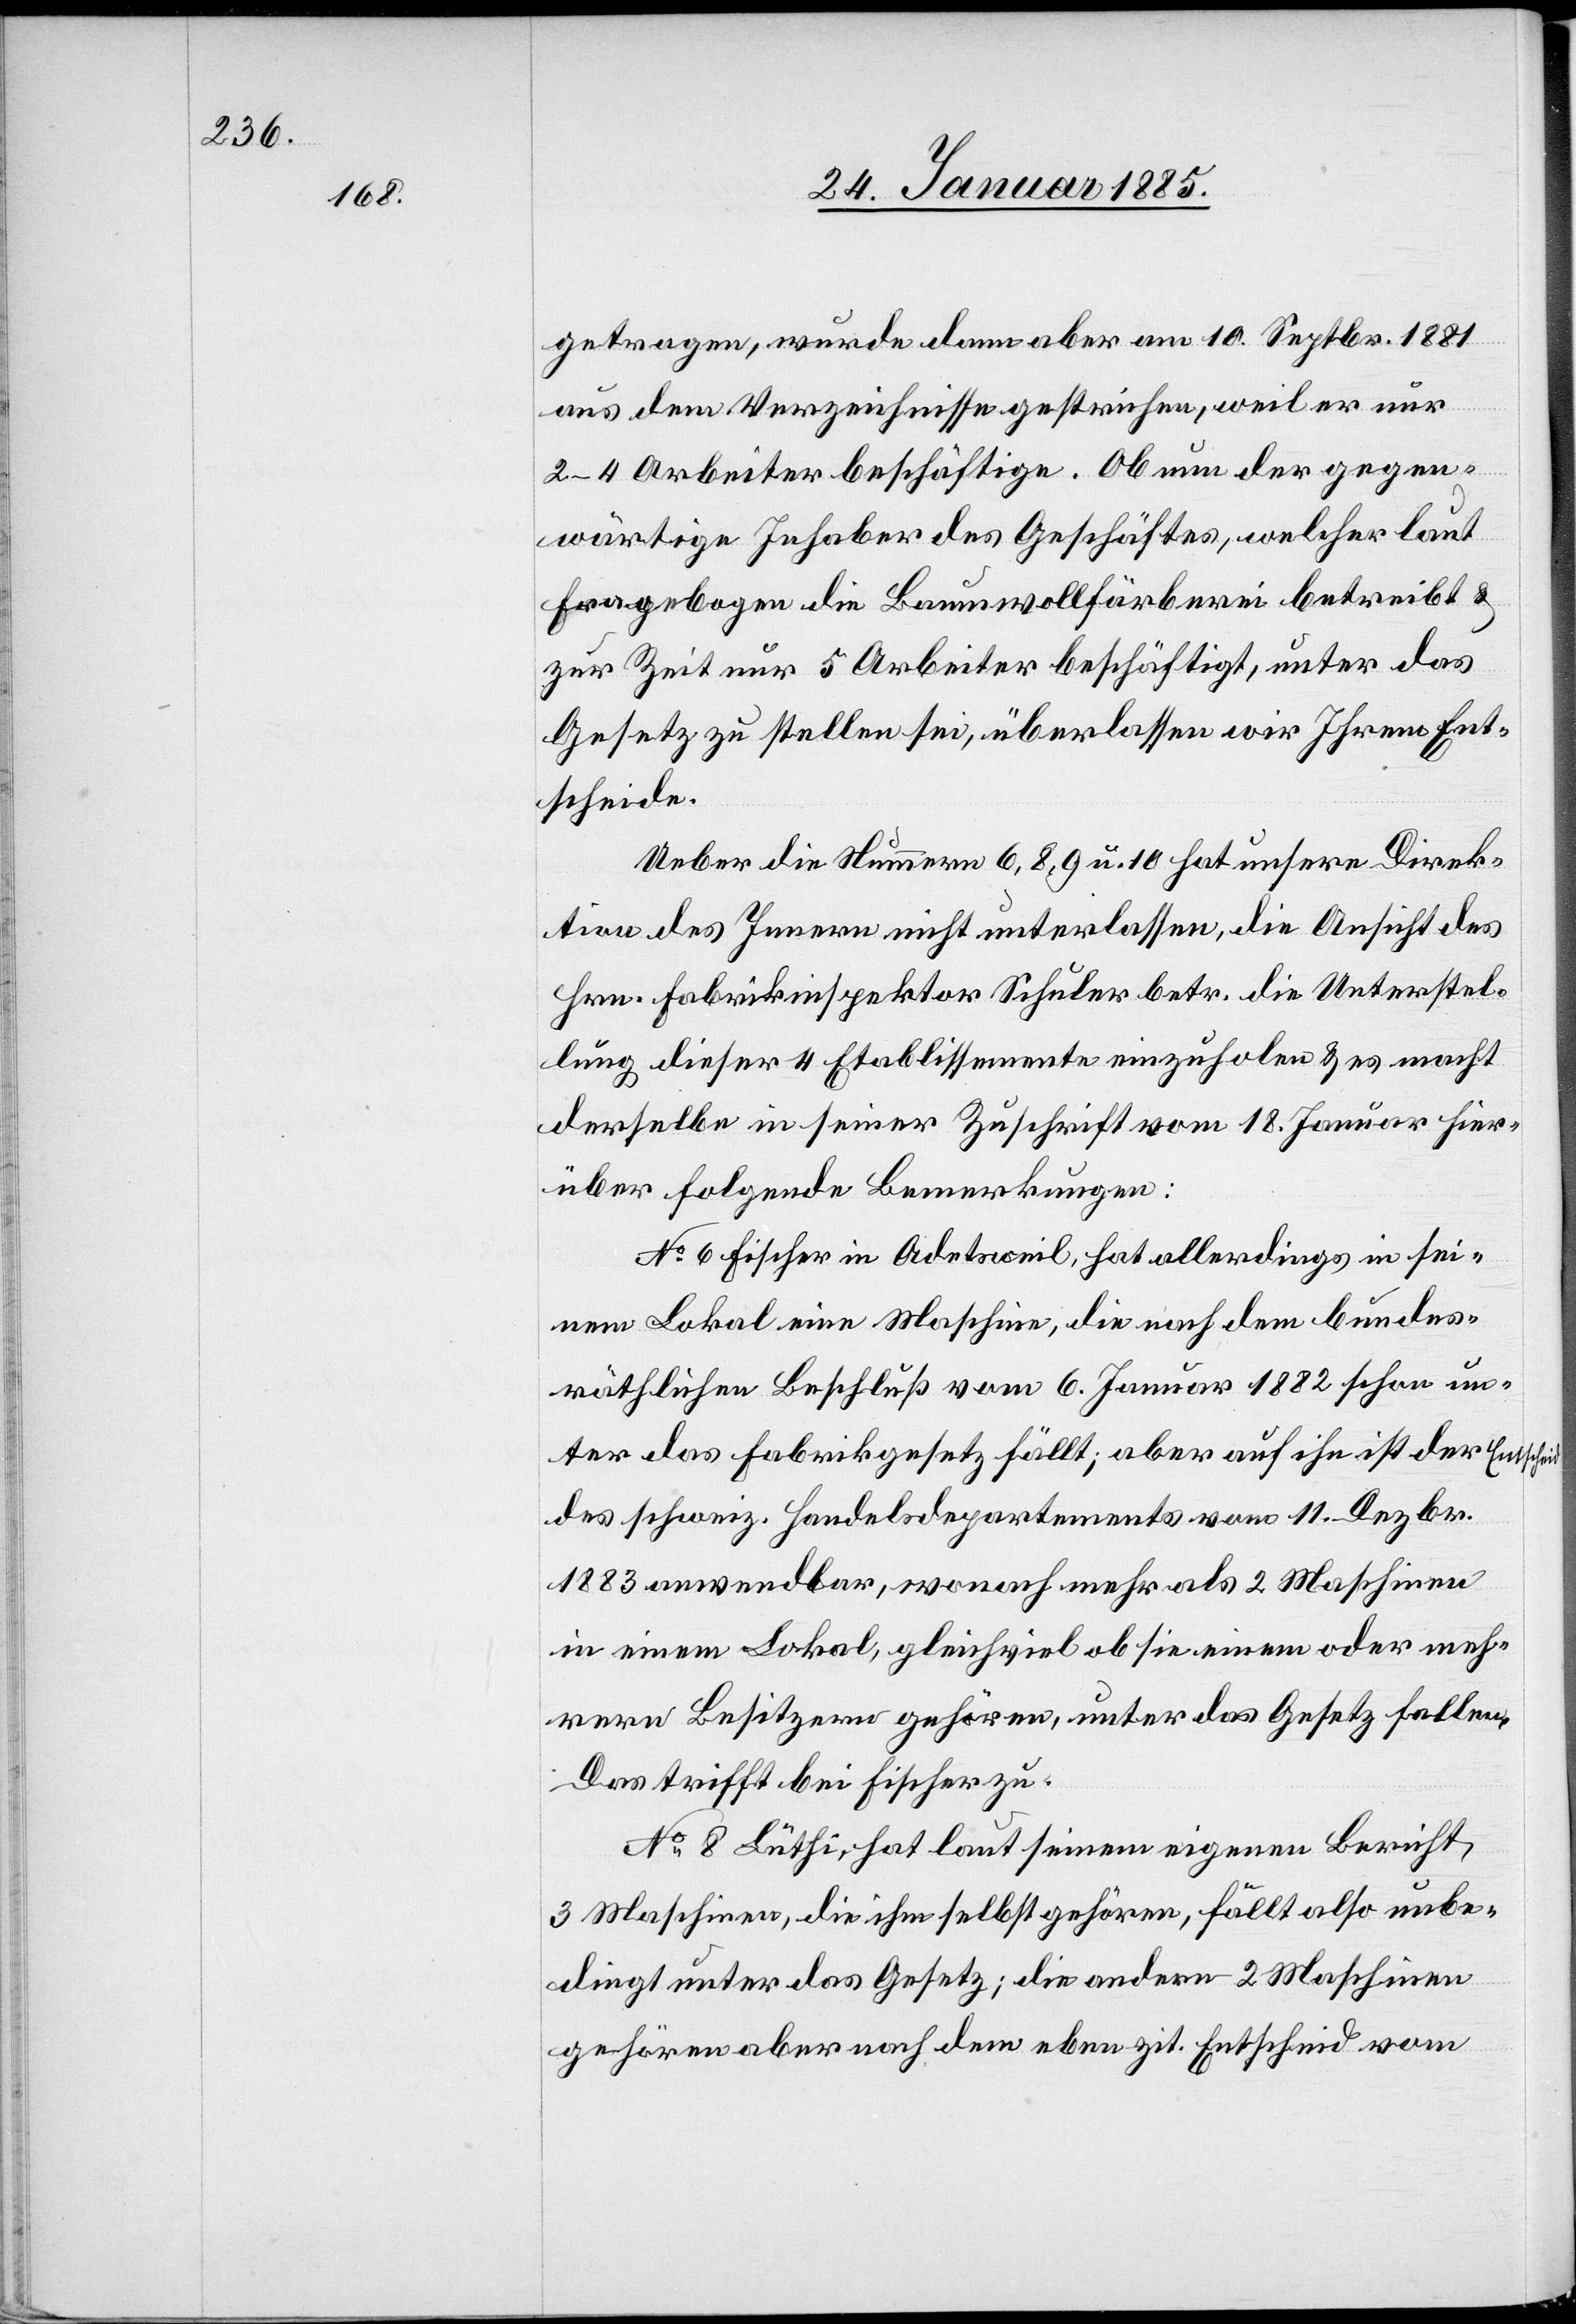
getragen, wurde dann aber am 10. Septbr. 1881
aus dem Verzeichnisse gestrichen, weil er nur
2–4 Arbeiter beschäftige. Ob nun der gegen¬
wärtige Inhaber des Geschäftes, welcher laut
Fragebogen die Baumwollfärberei betreibt &
zur Zeit nur 5 Arbeiter beschäftigt, unter das
Gesetz zu stellen sei, überlassen wir Ihrem Ent¬
scheide.
Ueber die Nummern 6, 8, 9 u. 10 hat unsere Direk¬
tion des Innern nicht unterlassen, die Ansicht des
Hrn. Fabrikinspektor Schuler betr. die Unterstel¬
lung dieser 4 Etablissemente einzuholen & es macht
derselbe in seiner Zuschrift vom 18. Januar hier¬
über folgende Bemerkungen:
No 6 Fischer in Adetsweil, hat allerdings in sei¬
nem Lokal eine Maschine, die nach dem bundes¬
räthlichen Beschluß vom 6. Januar 1882 schon un¬
ter das Fabrikgesetz fällt; aber auf ihn ist der Entscheid
des schweiz. Handelsdepartements vom 11. Dezbr.
1883 anwendbar, wonach mehr als 2 Maschinen
in einem Lokal, gleichviel ob sie einem oder meh¬
rern Besitzern gehören, unter das Gesetz fallen.
No 8 Lüthi, hat laut seinen eigenen Bericht,
3 Maschinen, die ihm selbst gehören, fällt also unbe¬
dingt unter das Gesetz; die andern 2 Maschinen
gehören aber nach dem eben zit. Entscheid vom